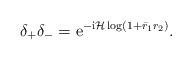
LaTeX: \begin{align*}\delta_{+} \delta_{-}=\mathrm{e}^{-\mathrm{i} \mathcal{H} \log \left(1+\bar{r}_1 r_2\right)} .\end{align*}